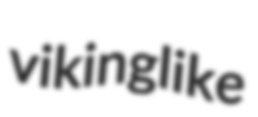
vikinglike